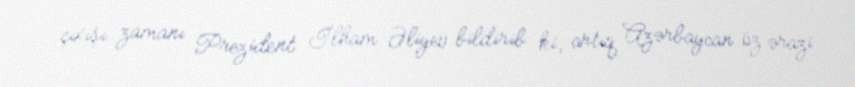
çıxışı zamanı Prezident İlham Əliyev bildirib ki, artıq Azərbaycan öz ərazi